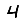
Digit: 4